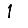
Digit: 1